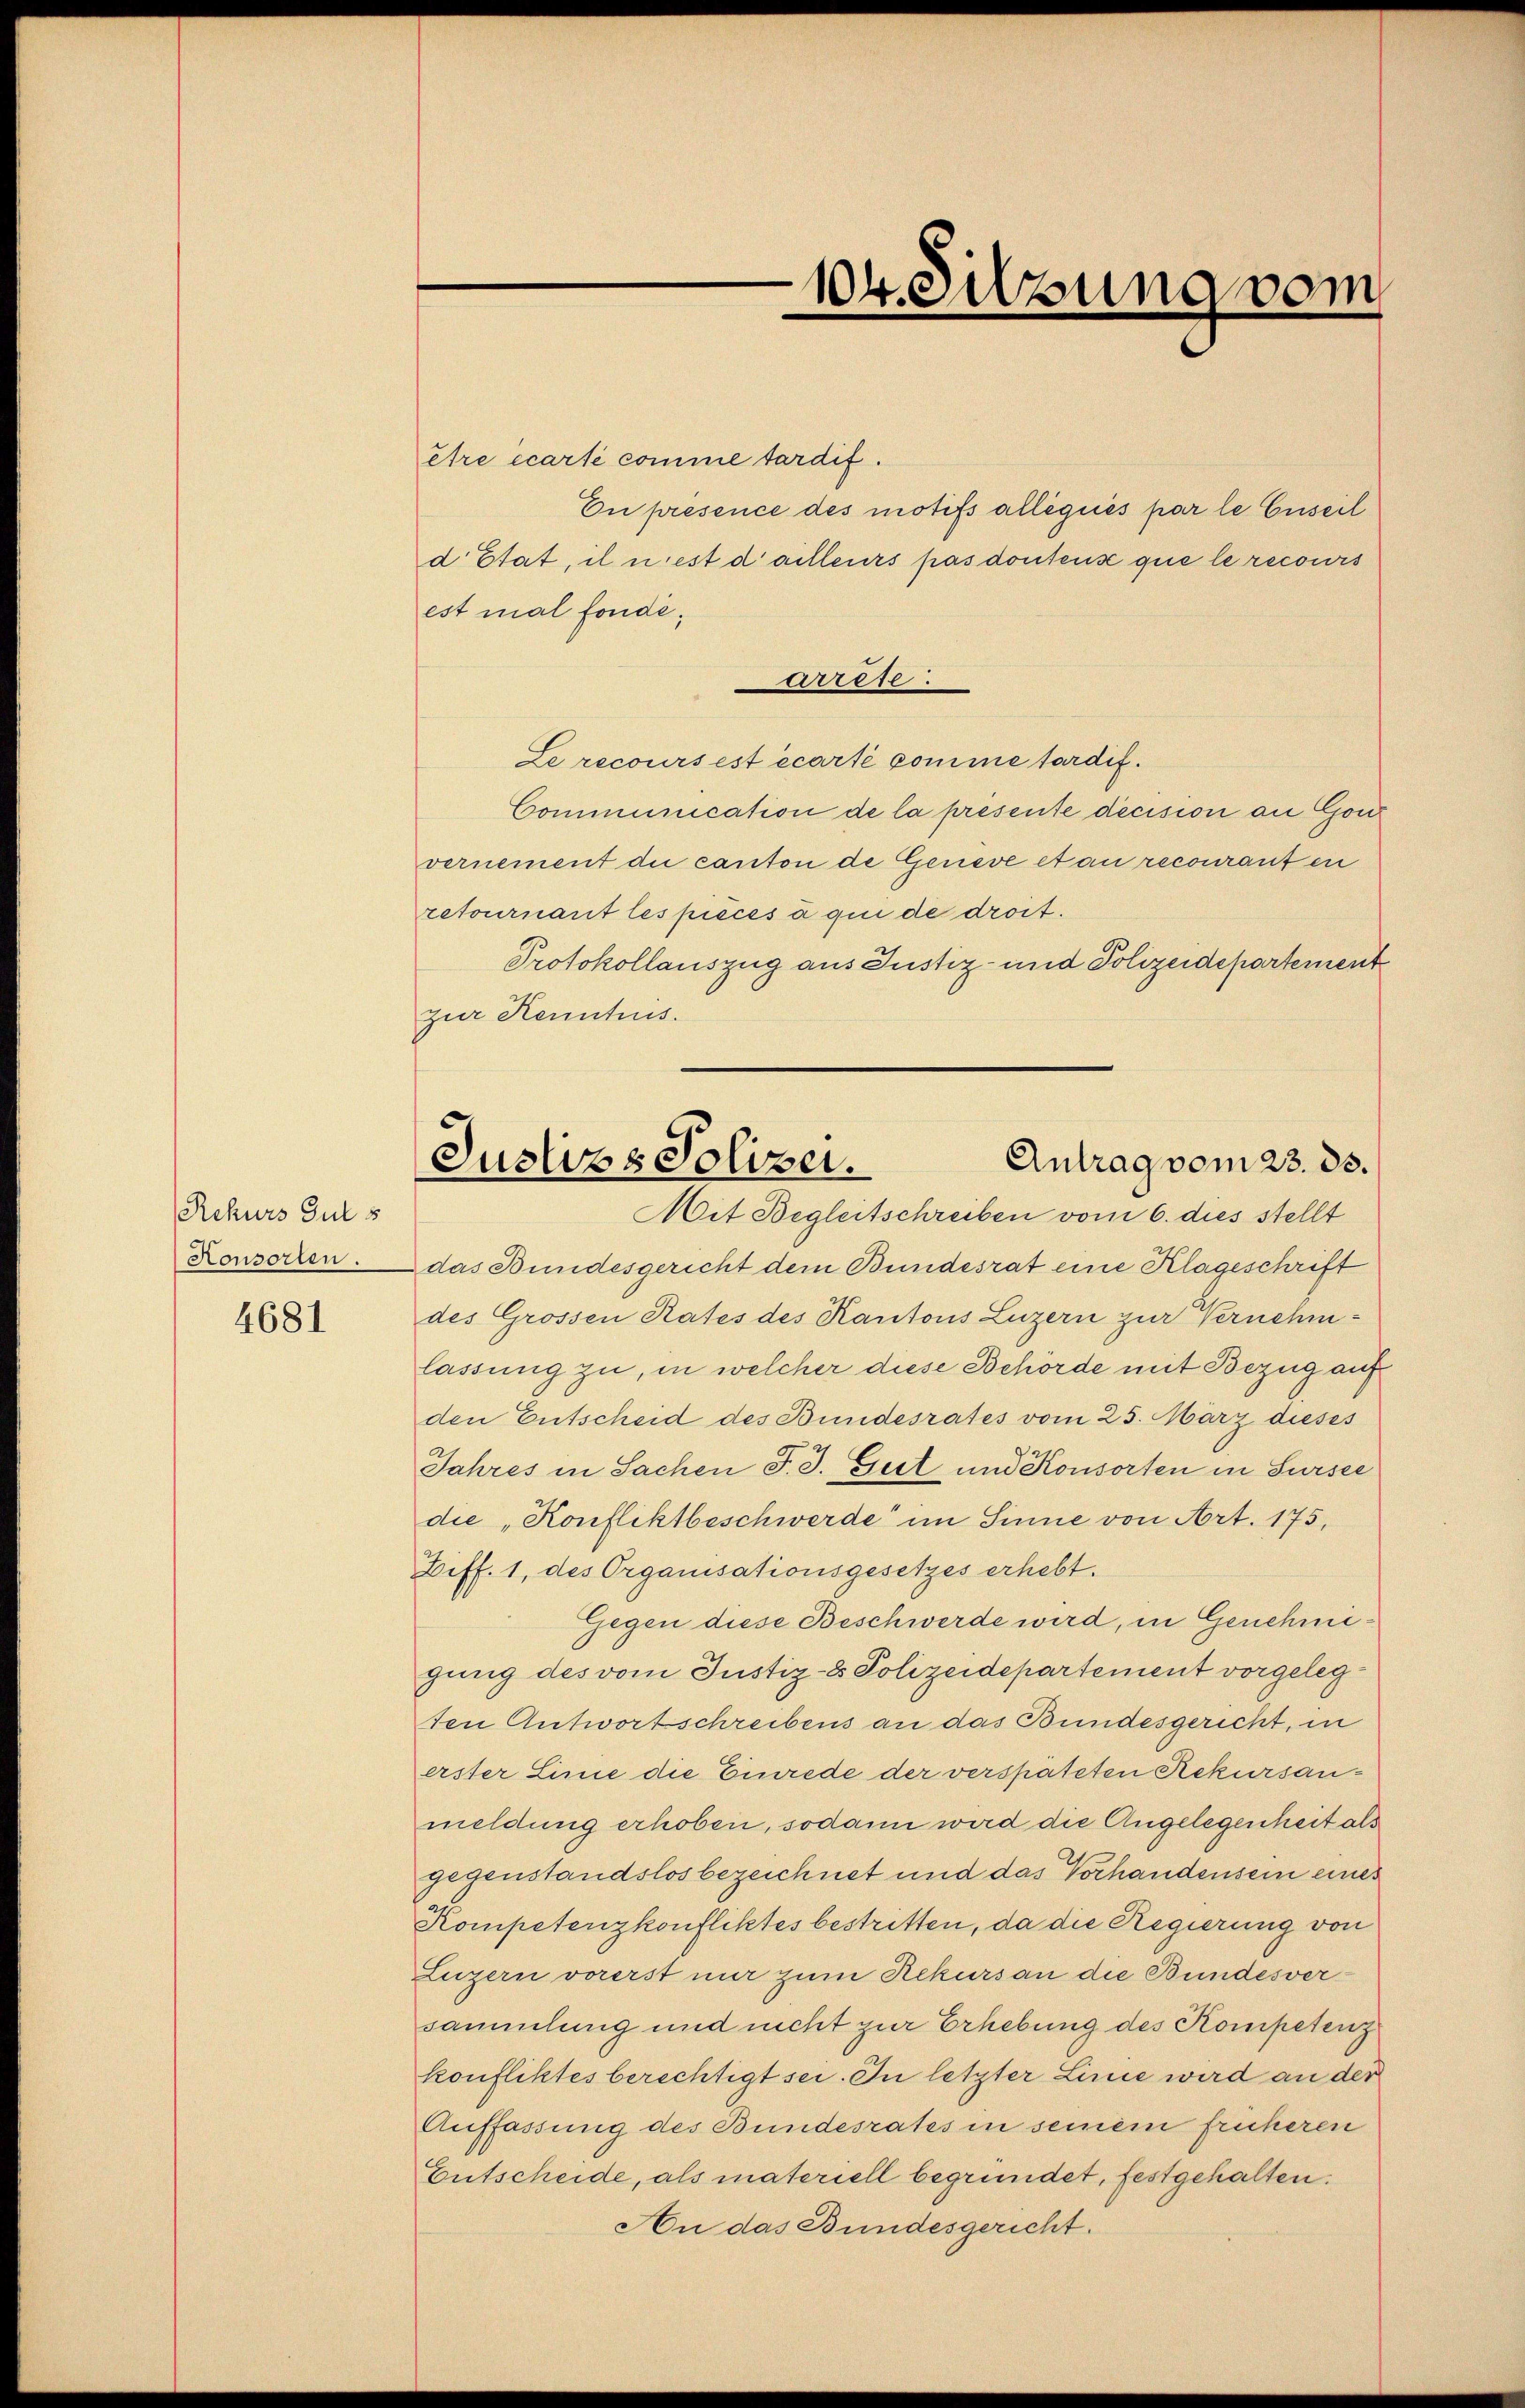
Rekurs Gut s
Honsorten.

4681

être écarte comme tardif.
En présence des motifs allégués par le Cuseil
d Etat, il nest d’ailleurs pas dontens que le recours
est mal fonde.
arrere.
Le recours est écarté comme tardif.
Communication de la présente decision an Gou
vernement die canton de Geneve et an recouranten
retournant les pieces à qui de droit.
Protokollauszug aus Justiz- und Polizeidepartement
zur Kenntnis.

104. Sitzung vom

Antrag vom 23. ds.
Justizs Polizei.
Mit Begleitschreiben vom 6. dies stellt

das Bundesgericht dem Bundesrat eine Klageschrift
des Grossen Rates des Kantons Luzern zur Vernehmlassung zu, in welcher diese Behörde mit Bezug auf
den Entscheid des Bundesrates vom 25. März dieses
Jahres in Sachen J. J. Fett und Konsorten in Sursee
die Konfliktbeschwerde im Sinne von Art. 175,
Ziff. 1, des Organisationsgesetzes erhebt.
Gegen diese Beschwerde wird, in Genehmegung des vom Justiz- & Polizeidepartement vorgelegten Antwortschreibens an das Bundesgericht, in
erster Linie die Einrede der verspäteten Rekursaumeldung erhoben, sodann wird die Angelegenheit als
gegenstandslos bezeichnet und das Vorhandensein eines
Kompetenzkonfliktes bestritten, da die Regierung von
Luzern vorerst nur zum Rekurs an die Bundesversammlung und nicht zur Erhebung des Kompetenz
konfliktes berechtigt sei. In letzter Linie wird an der
Auffassung des Bundesrates in seinem früheren
Entscheide, als materiell begründet, festgehalten.
An das Bundesgericht.